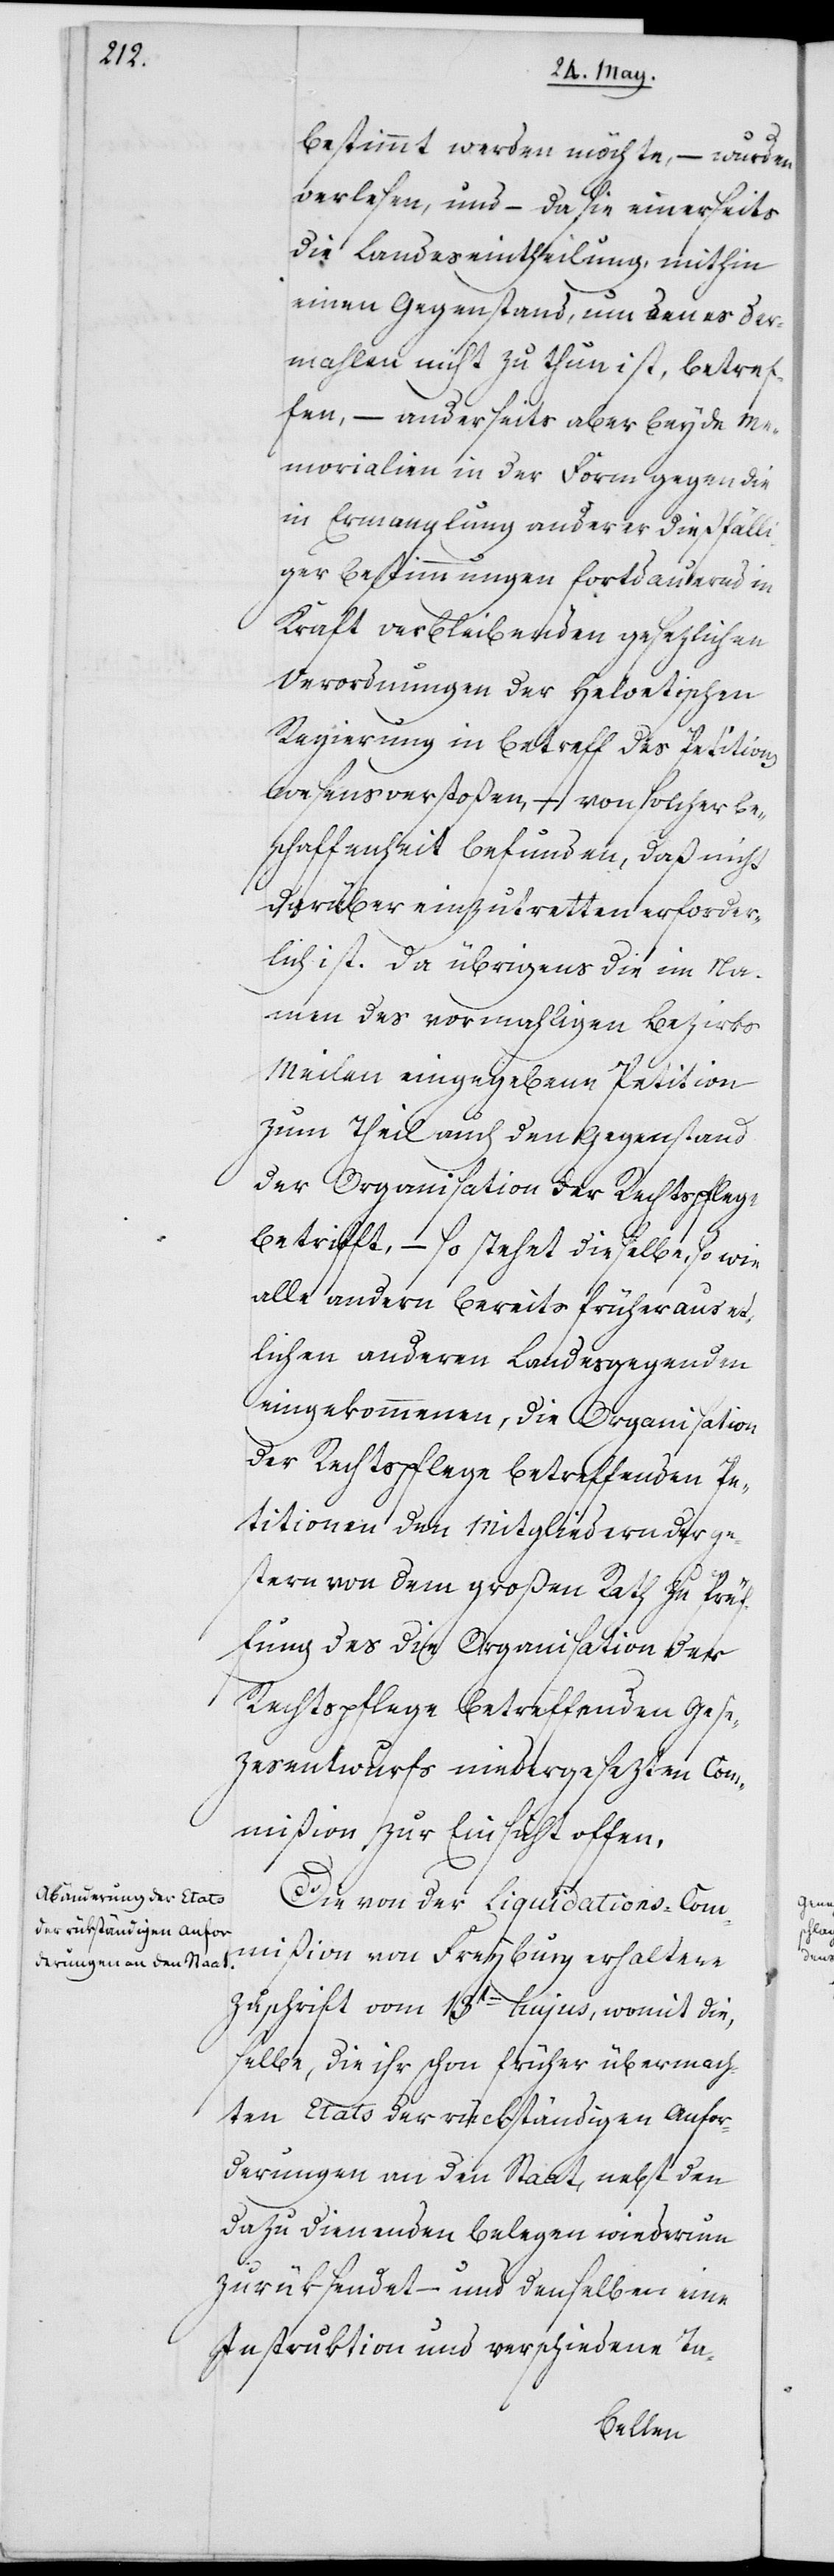
bestimmt werden möchte, – wurden
verlesen, und – da sie einerseits
die Landeseintheilung, mithin
einen Gegenstand, um den es der¬
mahlen nicht zu tun ist, betref¬
fen, – anderseits aber beyde Me¬
morialien in der Form gegen die
in Ermangelung anderer dießfälli¬
ger Bestimmungen fortdauernd in
Kraft verbleibenden gesezlichen
Verordnungen der Helvetischen
Regierung in Betreff des Petition¬
swesens verstoßen, – von solcher Be¬
schaffenheit befunden, daß nicht
darüber einzutretten erforder¬
lich ist. Da übrigens die im Na¬
men des vormahligen Bezirks
Meilen eingegebene Petition
zum Theil auch den Gegenstand
der Organisation der Rechtspflege
betrifft, – so stehet dieselbe, so wie
alle andern bereits früher aus et¬
lichen anderen Landesgegenden
eingekommenen, die Organisation
der Rechtspflege betreffenden Pe¬
titionen den Mitgliedern der ge¬
stern von dem großen Rath zu Prü¬
fung des die Organisation der
Rechtspflege betreffenden Gese¬
zesentwurfs niedergesezten Com¬
mißion zur Einsicht offen.
Die von der Liquidations-Com¬
mißion von Freyburg erhaltene
Zuschrift vom 13ten hujus, womit die¬
selbe, die ihr schon früher übermach¬
ten Etats der rükständigen Anfor¬
derungen an den Staat, nebst den
dazu dienenden Belegen wiederum
zurüksendet, – und denselben eine
Instruktion und verschiedene Ta-